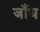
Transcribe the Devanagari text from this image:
जाँध